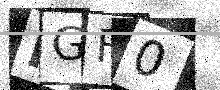
Text: MGF0